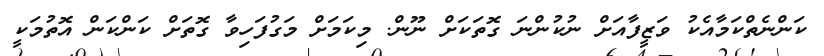
ކަންނެތްކަމާއެކު ވަޒީފާއަށް ނުކުންނަ ގޮތަކަށް ނޫން. މިކަމަށް މަގުފަހިވާ ގޮތަށް ކަންކަން އޮތުމަކީ